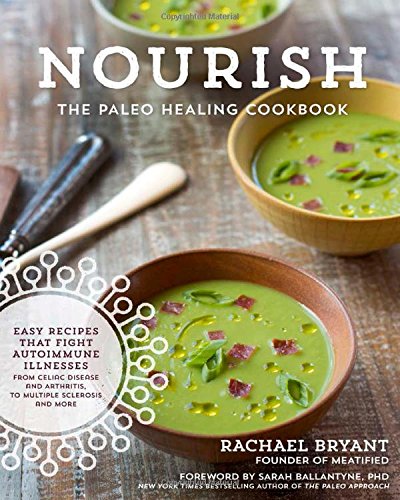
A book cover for Nourish: The Paleo Healing Cookbook: Easy Yet Flavorful Recipes that Fight Autoimmune Illnesses; Rachael Bryant; Cookbooks, Food & Wine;